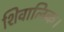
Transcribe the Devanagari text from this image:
शिवालिक।